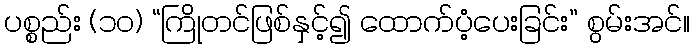
ပစ္စည်း (၁၀) “ကြိုတင်ဖြစ်နှင့်၍ ထောက်ပံ့ပေးခြင်း” စွမ်းအင်။